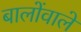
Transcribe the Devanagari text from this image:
बालोंवाले